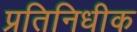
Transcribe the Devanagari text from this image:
प्रतिनिधीक